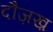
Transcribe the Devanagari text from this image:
दौज़ख़